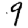
Digit: 9